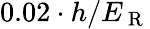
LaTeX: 0.02\cdot h/E_{\mathrm{~R~}}